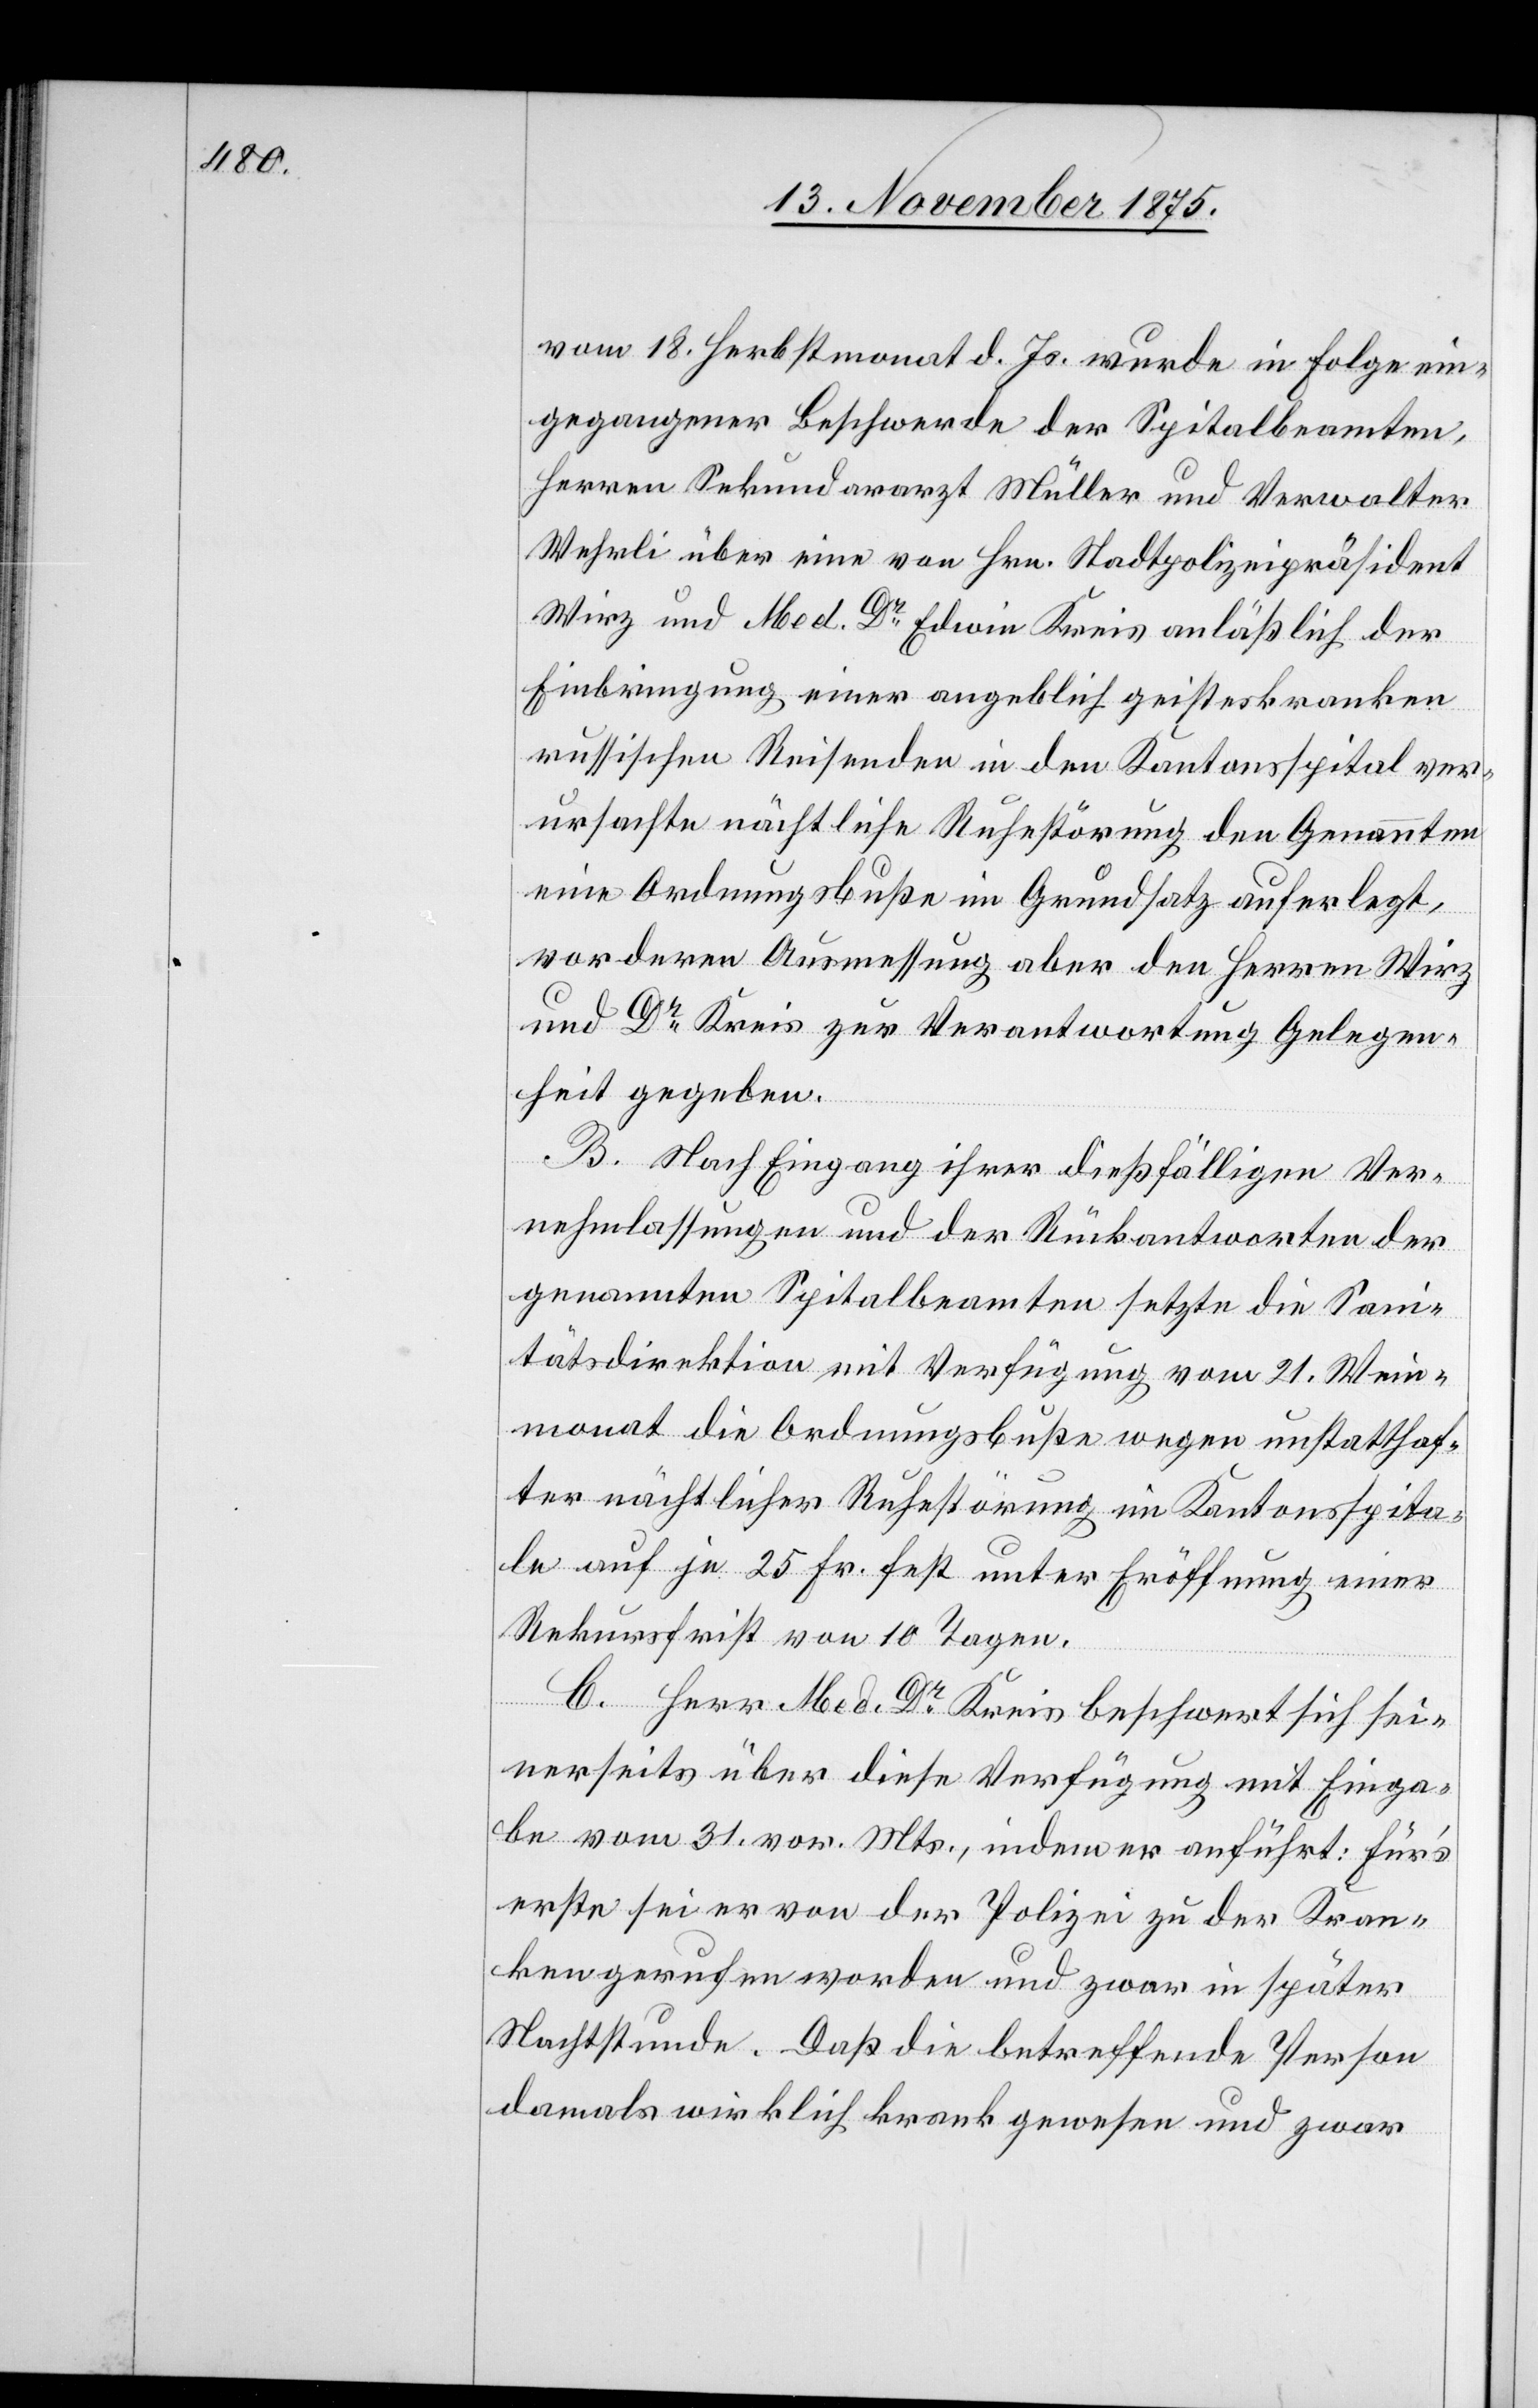
vom 18. Herbstmonat d. Js. wurde in Folge ein¬
gegangener Beschwerde der Spitalbeamten,
Herren Sekundararzt Müller und Verwalter
Wehrli über eine von Hrn. Stadtpolizeipräsident
Wirz und Med. Dr Edwin Kreis anläßlich der
Einbringung einer angeblich geisteskranken
russischen Reisenden in dem Kantonsspital ver¬
ursachte nächtliche Ruhestörung den Genannten
eine Ordnungsbuße im Grundsatz auferlegt,
vor deren Ausmessung aber den Herren Witz
und Dr Kreis zur Verantwortung Gelegen¬
heit gegeben.
B. Nach Eingang ihrer dießfälligen Ver¬
nehmlassungen und der Rückantworten der
genannten Spitalbeamten setzte die San¬
itätsdirektion mit Verfügung vom 21. Wein¬
monat die Ordnungsbuße wegen unstatthaf¬
ter nächtlicher Ruhestörung im Kantonsspita¬
le auf je 25 Fr. fest und Eröffnung einer
Rekursfrist von 10 Tagen.
C. Herr Med. Dr Kreis beschwert sich sei¬
nerseits über diese Verfügung mit Einga¬
be vom 31. vor. Mts., indem er anführt: Für’s
erste sei er von der Polizei zu der Kran¬
ken gerufen worden und zwar in später
Nachtstunde. Daß die betreffende Person
damals wirklich krank gewesen und zwar